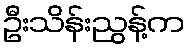
ဦးသိန်းညွန့်က